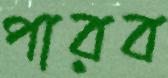
পারব